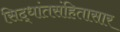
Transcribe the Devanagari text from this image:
सिद्धांतसंहितासार